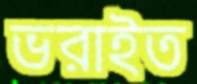
ভরাইত